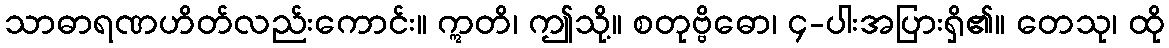
သာဓာရဏဟိတ်လည်းကောင်း။ ဣတိ၊ ဤသို့။ စတုဗ္ဗိဓော၊ ၄-ပါးအပြားရှိ၏။ တေသု၊ ထို